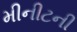
મીનીટની